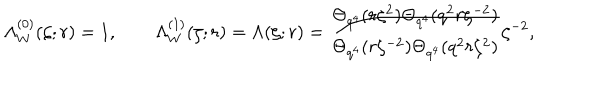
\Lambda _ { W } ^ { ( 0 ) } ( \zeta ; r ) = 1 , \qquad \Lambda _ { W } ^ { ( 1 ) } ( \zeta ; r ) = \Lambda ( \zeta ; r ) = \frac { \Theta _ { q ^ { 4 } } ( r \zeta ^ { 2 } ) \Theta _ { q ^ { 4 } } ( q ^ { 2 } r \zeta ^ { - 2 } ) } { \Theta _ { q ^ { 4 } } ( r \zeta ^ { - 2 } ) \Theta _ { q ^ { 4 } } ( q ^ { 2 } r \zeta ^ { 2 } ) } \zeta ^ { - 2 } ,